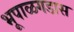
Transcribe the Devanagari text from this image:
भूपाळगडास